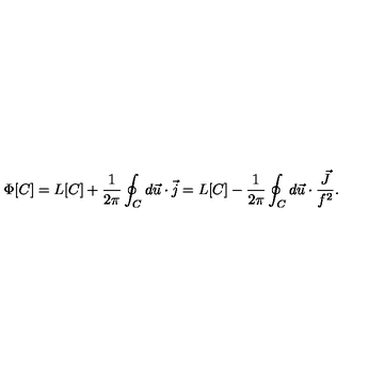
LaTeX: \Phi [ C ] = L [ C ] + \frac { 1 } { 2 \pi } \oint _ { C } d \vec { u } \cdot \vec { j } = L [ C ] - \frac { 1 } { 2 \pi } \oint _ { C } d \vec { u } \cdot \frac { \vec { J } } { f ^ { 2 } } .